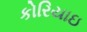
કોરિયાઇ